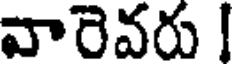
వారెవరు !